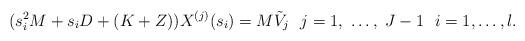
LaTeX: \begin{align*}(s_{i}^{2}M+s_{i}D+ (K+Z)) X^{(j)}(s_{i})=M\tilde{V}_{j} \ \ j=1,\ \ldots,\ J-1 \ \ i = 1,\ldots,l. \end{align*}